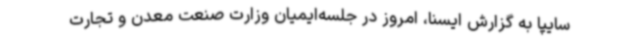
سایپا به گزارش ایسنا، امروز در جلسه‌ایمیان وزارت صنعت معدن و تجارت